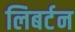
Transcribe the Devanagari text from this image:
लिबर्टन